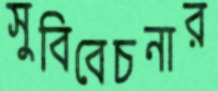
সুবিবেচনার